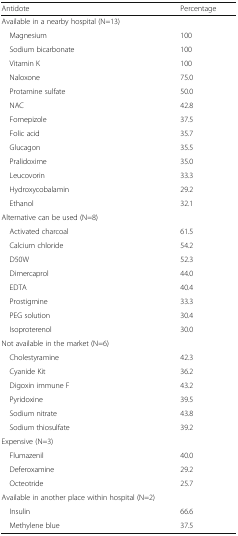
<table><thead><tr><td><b>Antidote</b></td><td><b>Percentage</b></td></tr></thead><tbody><tr><td colspan="2">Available in a nearby hospital (N=13)</td></tr><tr><td> Magnesium</td><td>100</td></tr><tr><td> Sodium bicarbonate</td><td>100</td></tr><tr><td> Vitamin K</td><td>100</td></tr><tr><td> Naloxone</td><td>75.0</td></tr><tr><td> Protamine sulfate</td><td>50.0</td></tr><tr><td> NAC</td><td>42.8</td></tr><tr><td> Fomepizole</td><td>37.5</td></tr><tr><td> Folic acid</td><td>35.7</td></tr><tr><td> Glucagon</td><td>35.5</td></tr><tr><td> Pralidoxime</td><td>35.0</td></tr><tr><td> Leucovorin</td><td>33.3</td></tr><tr><td> Hydroxycobalamin</td><td>29.2</td></tr><tr><td> Ethanol</td><td>32.1</td></tr><tr><td colspan="2">Alternative can be used (N=8)</td></tr><tr><td> Activated charcoal</td><td>61.5</td></tr><tr><td> Calcium chloride</td><td>54.2</td></tr><tr><td> D50W</td><td>52.3</td></tr><tr><td> Dimercaprol</td><td>44.0</td></tr><tr><td> EDTA</td><td>40.4</td></tr><tr><td> Prostigmine</td><td>33.3</td></tr><tr><td> PEG solution</td><td>30.4</td></tr><tr><td> Isoproterenol</td><td>30.0</td></tr><tr><td colspan="2">Not available in the market (N=6)</td></tr><tr><td> Cholestyramine</td><td>42.3</td></tr><tr><td> Cyanide Kit</td><td>36.2</td></tr><tr><td> Digoxin immune F</td><td>43.2</td></tr><tr><td> Pyridoxine</td><td>39.5</td></tr><tr><td> Sodium nitrate</td><td>43.8</td></tr><tr><td> Sodium thiosulfate</td><td>39.2</td></tr><tr><td colspan="2">Expensive (N=3)</td></tr><tr><td> Flumazenil</td><td>40.0</td></tr><tr><td> Deferoxamine</td><td>29.2</td></tr><tr><td> Octeotride</td><td>25.7</td></tr><tr><td colspan="2">Available in another place within hospital (N=2)</td></tr><tr><td> Insulin</td><td>66.6</td></tr><tr><td> Methylene blue</td><td>37.5</td></tr></tbody></table>